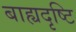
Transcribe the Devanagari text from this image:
बाह्यदृष्टि